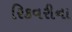
રિકવરીના